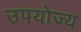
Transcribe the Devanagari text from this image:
उपयोज्य